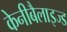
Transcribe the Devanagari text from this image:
केनीबैलाइज्ड